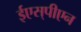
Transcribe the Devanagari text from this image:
ईएस्‌पीएन